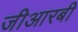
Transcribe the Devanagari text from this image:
जीआरबी